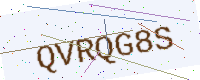
Text: QVRQG8S